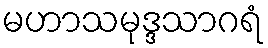
မဟာသမုဒ္ဒသာဂရံ